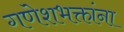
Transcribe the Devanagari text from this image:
गणेशभक्तांना